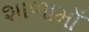
શાળામાઁ